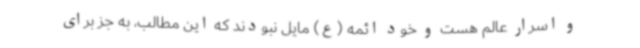
و اسرار عالم هست و خود ائمه (ع) مایل نبودند که این مطالب، به جز برای